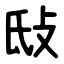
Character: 㪆